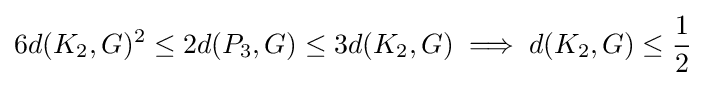
6d(K_{2},G)^{2}\leq 2d(P_{3},G)\leq 3d(K_{2},G)\implies d(K_{2},G)\leq {\frac {1}{2}}